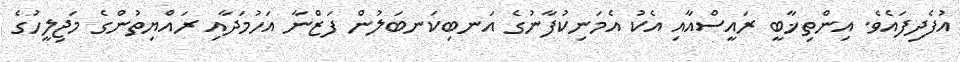
އުފެދިފައެވެ. އިންތިޚާބީ ރައީސްއާއި އެކު އެމަނިކުފާނުގެ އަނބިކަނބަލުން ފަޒްނާ އަހުމަދާއި ރައްޔިތުންގެ މަޖިލީހުގެ